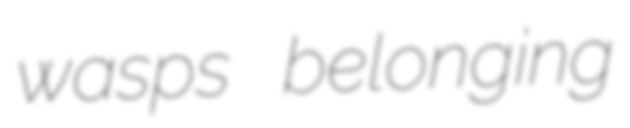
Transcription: wasps belonging